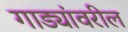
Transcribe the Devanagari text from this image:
गाड्यांवरील